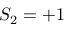
S _ { 2 } = + 1